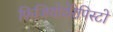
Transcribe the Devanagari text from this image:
फिजियोथेरेपिस्टो